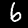
Label: 6